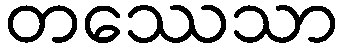
တဿေသာ